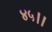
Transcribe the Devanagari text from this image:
४५।।